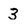
Character: 3